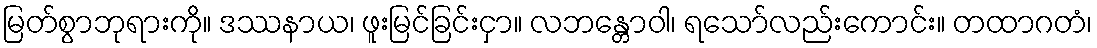
မြတ်စွာဘုရားကို။ ဒဿနာယ၊ ဖူးမြင်ခြင်းငှာ။ လဘန္တောဝါ၊ ရသော်လည်းကောင်း။ တထာဂတံ၊